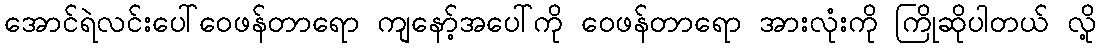
အောင်ရဲလင်းပေါ်ဝေဖန်တာရော ကျနော့်အပေါ်ကို ဝေဖန်တာရော အားလုံးကို ကြိုဆိုပါတယ် လို့